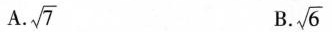
A.\sqrt{7} B.\sqrt{6}